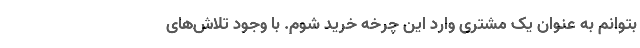
بتوانم به عنوان یک مشتری وارد این چرخه خرید شوم. با وجود تلاش‌های